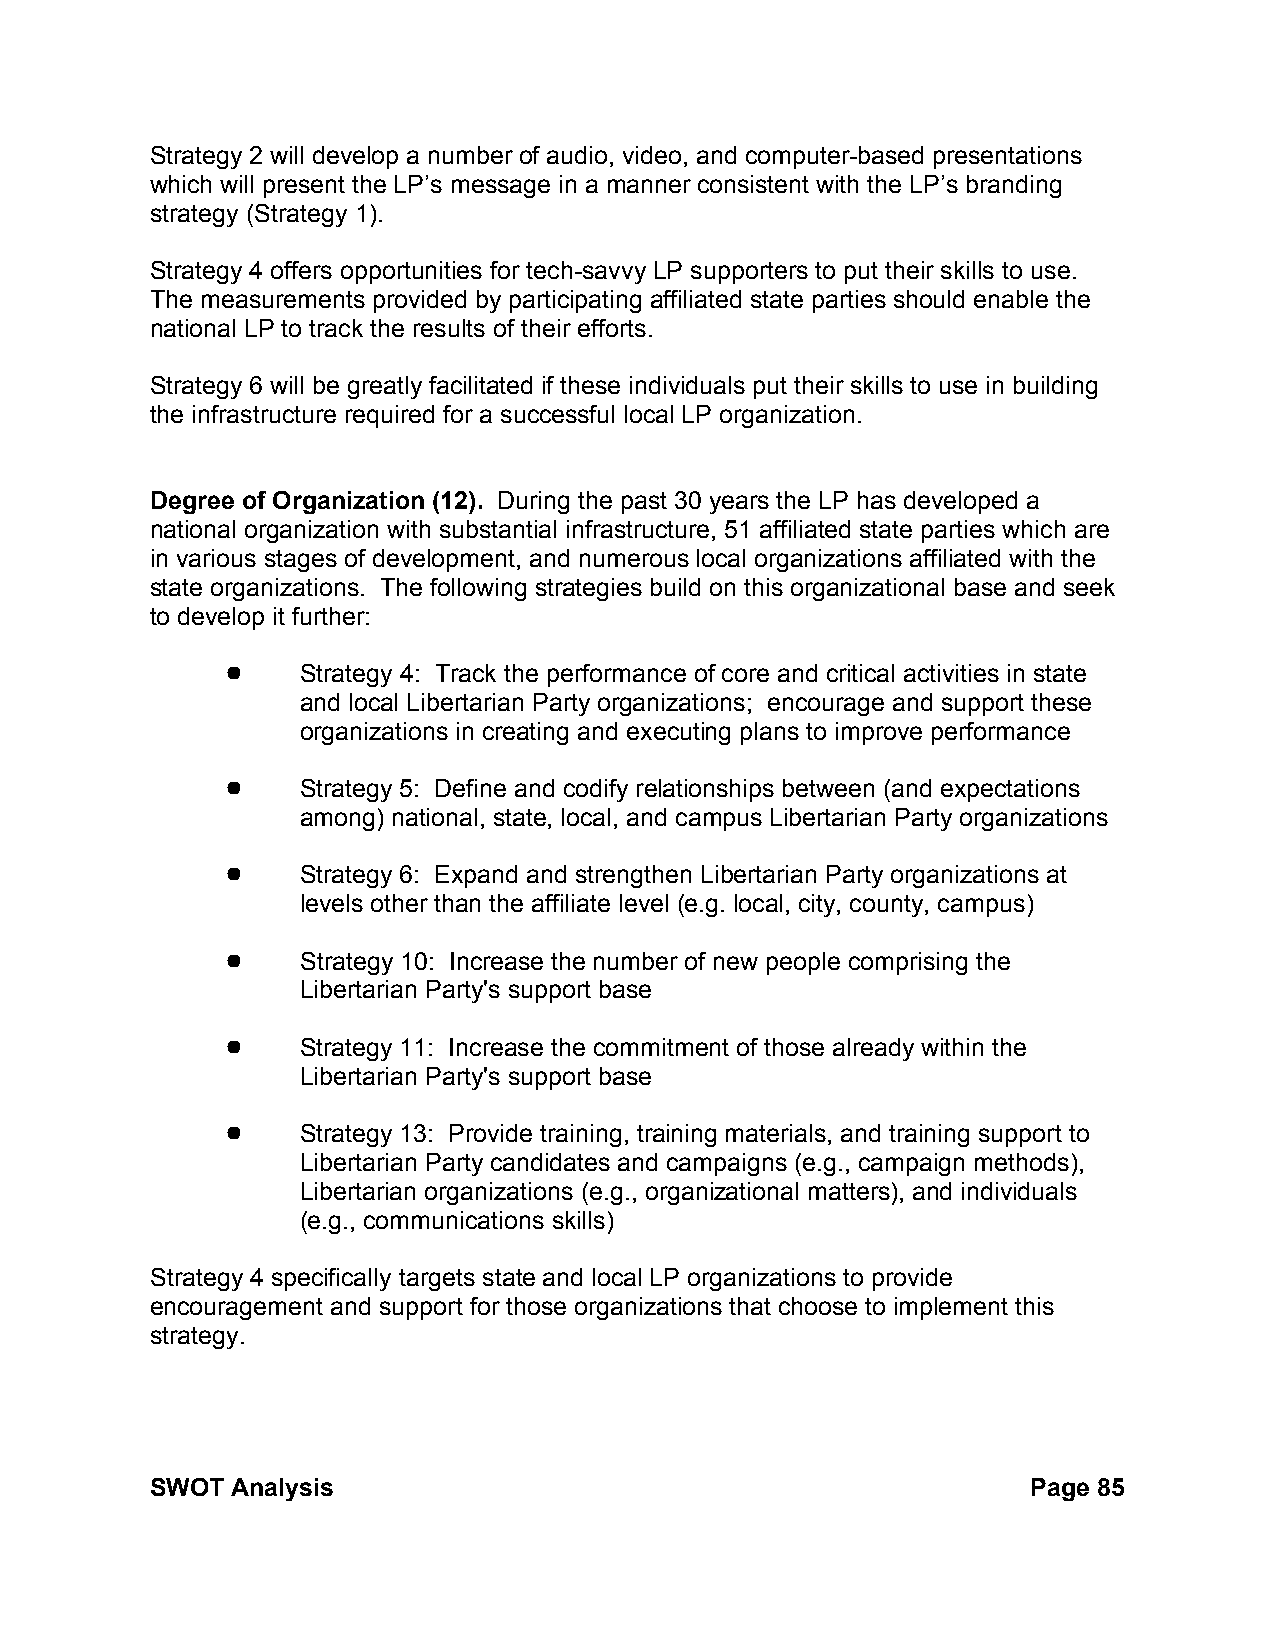
Strategy 2 will develop a number of audio, video, and computer-based presentations
 which will present the LP’s message in a manner consistent with the LP’s branding
 strategy (Strategy 1).
 Strategy 4 offers opportunities for tech-savvy LP supporters to put their skills to use.
 The measurements provided by participating affiliated state parties should enable the
 national LP to track the results of their efforts.
 Strategy 6 will be greatly facilitated if these individuals put their skills to use in building
 the infrastructure required for a successful local LP organization.
 Degree of Organization (12). During the past 30 years the LP has developed a
 national organization with substantial infrastructure, 51 affiliated state parties which are
 in various stages of development, and numerous local organizations affiliated with the
 state organizations. The following strategies build on this organizational base and seek
 to develop it further:
 !    Strategy 4: Track the performance of core and critical activities in state
 and local Libertarian Party organizations; encourage and support these
 organizations in creating and executing plans to improve performance
 !    Strategy 5: Define and codify relationships between (and expectations
 among) national, state, local, and campus Libertarian Party organizations
 !    Strategy 6: Expand and strengthen Libertarian Party organizations at
 levels other than the affiliate level (e.g. local, city, county, campus)
 !    Strategy 10: Increase the number of new people comprising the
 Libertarian Party's support base
 !    Strategy 11: Increase the commitment of those already within the
 Libertarian Party's support base
 !    Strategy 13: Provide training, training materials, and training support to
 Libertarian Party candidates and campaigns (e.g., campaign methods),
 Libertarian organizations (e.g., organizational matters), and individuals
 (e.g., communications skills)
 Strategy 4 specifically targets state and local LP organizations to provide
 encouragement and support for those organizations that choose to implement this
 strategy.
 SWOT Analysis                                             Page 85